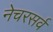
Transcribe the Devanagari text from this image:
नेचरसर्व